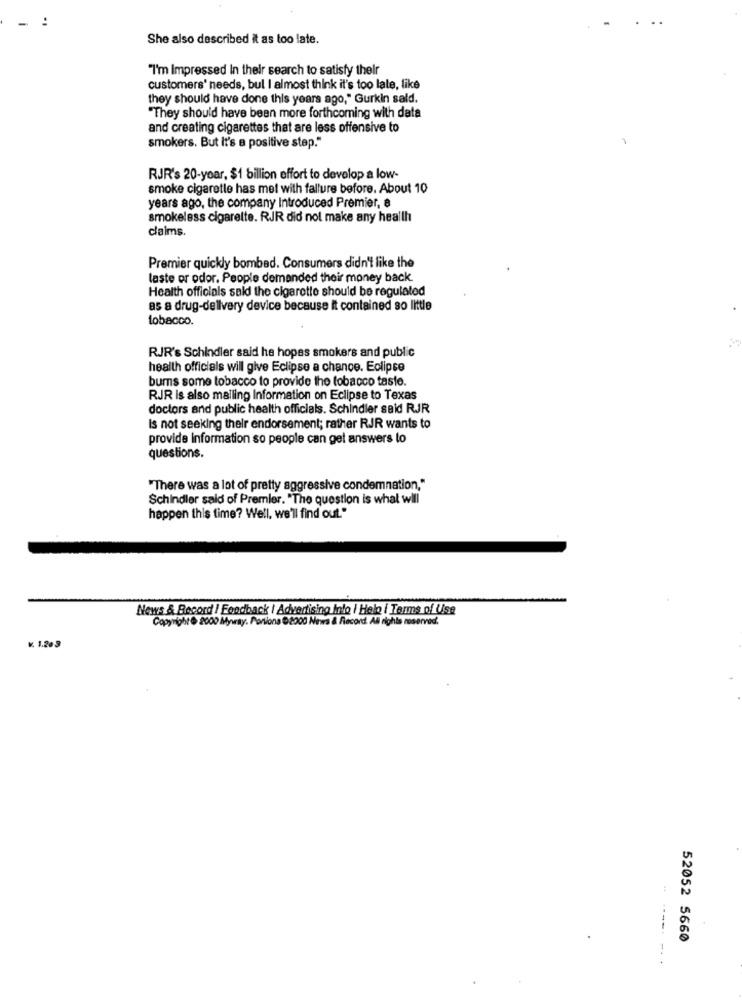
-.
She also described it as too late.
"I'm Impressed In their search to satisfy their
customers' needs, bul I almost think it's too late, like
they should have done this years ago," Gurkin sald.
"They should have been more forthcoming with data
and creating cigarettes that are less offensive to
smokers. But It's a positive step."
RJR's 20-year, $1 billion effort to develop a low-
smoke cigaretle has met with fallure before. About 10
years ago, the company Introduced Premier, e
smokeless cigarette. RJR did not make any health
claims.
Premier quickly bombed. Consumers didn't like the
taste or odor. People demanded their money back.
Health officials said the cigarette should be regulated
as a drug-delivery device because it contained so little
tobacco.
RJR's Schindler said he hopes smokers and public
health officials will give Eclipse a chance. Eclipse
bums some tobacco to provide the tobacco taste.
RJR is also mailing Information on Eclipse to Texas
doctors and public health officials. Schindler said RJJR
Is not seeking their endorsement; rather RJR wants to
provide information so people can get answers to
questions.
"There was a lot of pretty aggressive condemnation,"
Schindler said of Premier. "The question is what will
happen this time? Well, we'll find out."
News & Record | Foodback | Advertising Into / Help | Terms of Use
Copyright & 2000 Myway. Portions 02000 News & Record. All rights reserved.
v. 1.20 3
52052 5660
-.